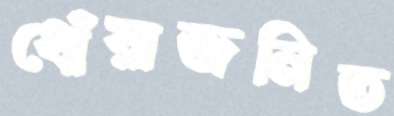
ধোঁয়াজনিত